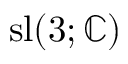
\operatorname { s l } ( 3 ; \mathbb { C } )